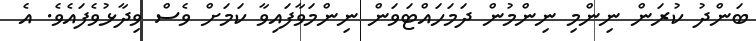
ބަންދު ކުރަން ނިންމި ނިންމުން ދަމަހައްޓަވަން ނިންމަވާފައިވާ ކަމަށް ވެސް ވިދާޅުވެފައެވެ. އެ